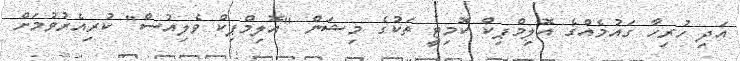
އަދި ހުރިހާ ގައުމެއްގެ އޮލިމްޕިކް ކޮމިޓީ ތަކުގެ މިޝަން "އޮލިމްޕިކް ވެލިއުސް" ކުރިއެރުވުމަށް